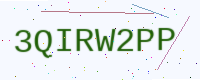
Text: 3QIRW2PP